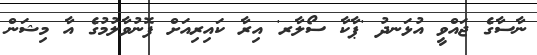
ނާސާގެ ޖައްވީ އުޅަނދު 'ޕާކާ ސޯލާރ' އިރާ ކައިރިއަށް ފޮނުވާލުމުގެ އާ މިޝަން